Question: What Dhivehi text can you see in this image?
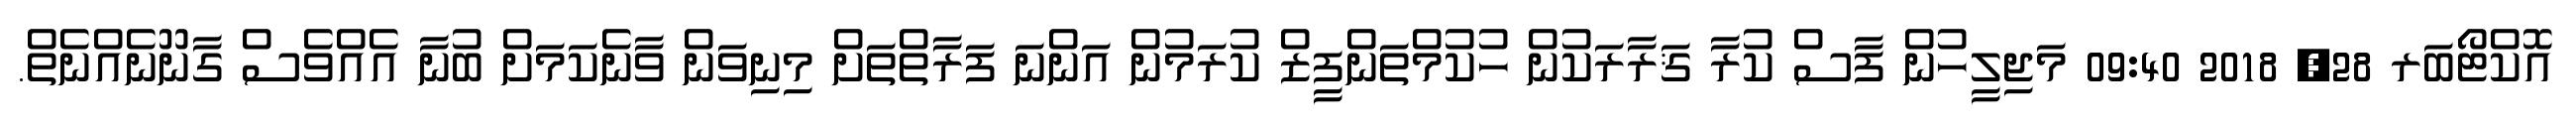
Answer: އޮކްޓޯބަރ 28, 2018 09:40 މަޖިލީހުން ފާސް ކުރާ ޤަރާރަކުން ހުކުމްތަންފީޒް ކުރަމުން އަންނަ ފަރާތްތަށް މިނިވަން ވާނެކަމަށް ބުނާ އެއްވެސް ގާނޫނެއްނެތް.